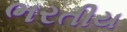
ભરતીય